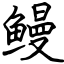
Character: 鳗